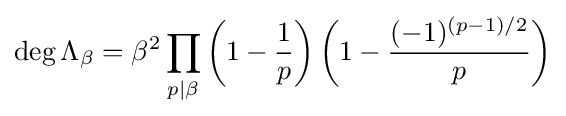
\operatorname {deg} \Lambda _{\beta }=\beta ^{2}\prod _{p|\beta }\left(1-{\frac {1}{p}}\right)\left(1-{\frac {(-1)^{(p-1)/2}}{p}}\right)